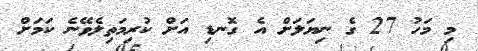
މި މަހު 27 ގެ ނިޔަލަށް އެ ގޮނޑި އަށް ކުރިމަތިލެވޭނެ ކަމަށް